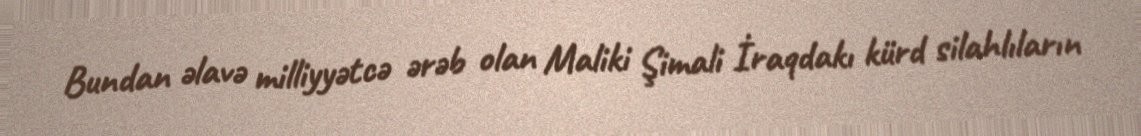
Bundan əlavə milliyyətcə ərəb olan Maliki Şimali İraqdakı kürd silahlıların